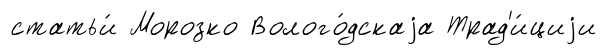
статьи́ Морозко Волого́дскаjа Трад'и́циjи